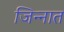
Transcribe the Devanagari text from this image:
जिन्‍नात